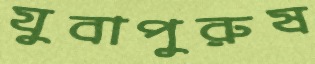
যুবাপুরুষ